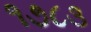
૧૭૮૩